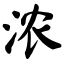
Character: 浓